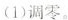
(1)调零。